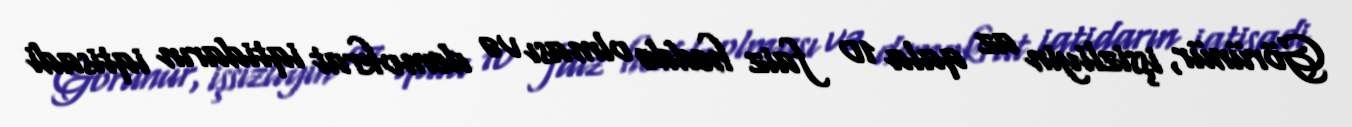
Görünür, işsizliyin az qala 10 faiz həddə olması və demokrat iqtidarın iqtisadi